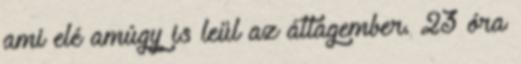
ami elé amúgy is leül az átlagember. 23 óra